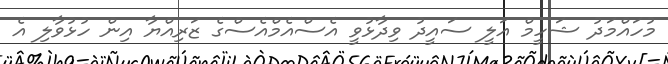
މުހައްމަދު ޝަހީމް އަލީ ސައީދު ވިދާޅުވީ އެސްއެމްއެސްގެ ޒަރިއްޔާ އިން ހުޅުވާލި އެ